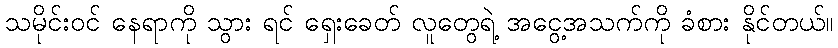
သမိုင်းဝင် နေရာကို သွား ရင် ရှေးခေတ် လူတွေရဲ့ အငွေ့အသက်ကို ခံစား နိုင်တယ်။